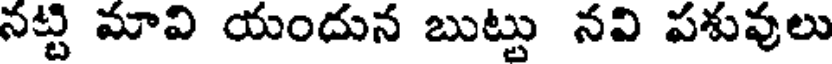
నట్ట మావి యందున బుట్టు నవి పశువులు